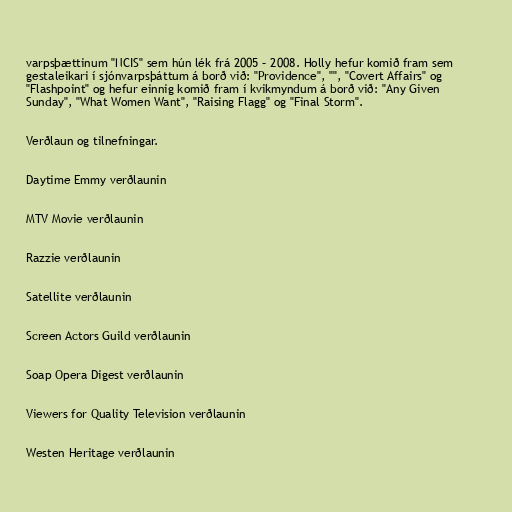
varpsþættinum "NCIS" sem hún lék frá 2005 – 2008. Holly hefur komið fram sem
gestaleikari í sjónvarpsþáttum á borð við: "Providence", "", "Covert Affairs" og
"Flashpoint" og hefur einnig komið fram í kvikmyndum á borð við: "Any Given
Sunday", "What Women Want", "Raising Flagg" og "Final Storm".

Verðlaun og tilnefningar.

Daytime Emmy verðlaunin

MTV Movie verðlaunin

Razzie verðlaunin

Satellite verðlaunin

Screen Actors Guild verðlaunin

Soap Opera Digest verðlaunin

Viewers for Quality Television verðlaunin

Westen Heritage verðlaunin